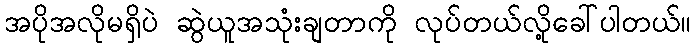
အပိုအလိုမရှိပဲ ဆွဲယူအသုံးချတာကို လုပ်တယ်လို့ခေါ်ပါတယ်။